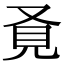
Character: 𧠈